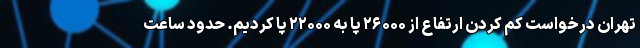
تهران درخواست کم کردن ارتفاع از ۲۶۰۰۰ پا به ۲۲۰۰۰ پا کردیم. حدود ساعت